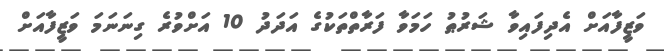
ވަޒީފާއަށް އެދިފައިވާ ޝަރުޠު ހަމަވާ ފަރާތްތަކުގެ އަދަދު 10 އަށްވުރެ ގިނަނަމަ ވަޒީފާއަށް